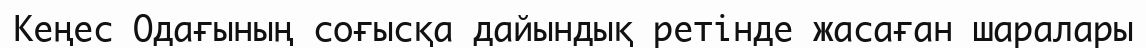
Кеңес Одағының соғысқа дайындық ретінде жасаған шаралары